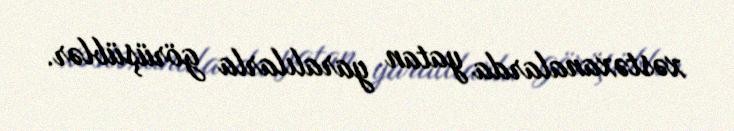
xəstəxanalarda yatan yaralılarla görüşüblər.